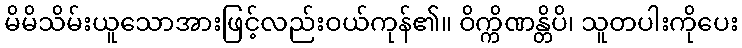
မိမိသိမ်းယူသောအားဖြင့်လည်းဝယ်ကုန်၏။ ဝိက္ကိဏန္တိပိ၊ သူတပါးကိုပေး